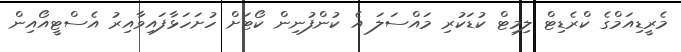
މެރީޑިއަމްގެ ކްރެޑިޓް ލިމިޓް ކުޑަކުރި މައްސަލަ އެ ކުންފުނިން ކޯޓަށް ހުށަހަޅާފައިވާއިރު އެސްޓީއޯއިން